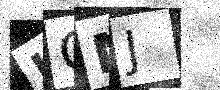
Text: JOMJ